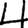
Digit: 4